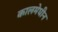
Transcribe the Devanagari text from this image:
कालमेघीन